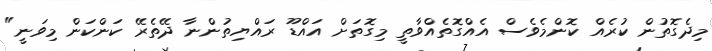
މިދެގޮތުން ކުރެއް ކޮންމެވެސް އެއްގޮތެއްވާތީ މިގޮތަށް އައްޑޫ ރައްޔިތުންނާ ދޭތެރޭ ކަންކަން މިވަނީ"